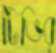
টিভির